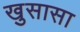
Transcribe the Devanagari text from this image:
खुसासा